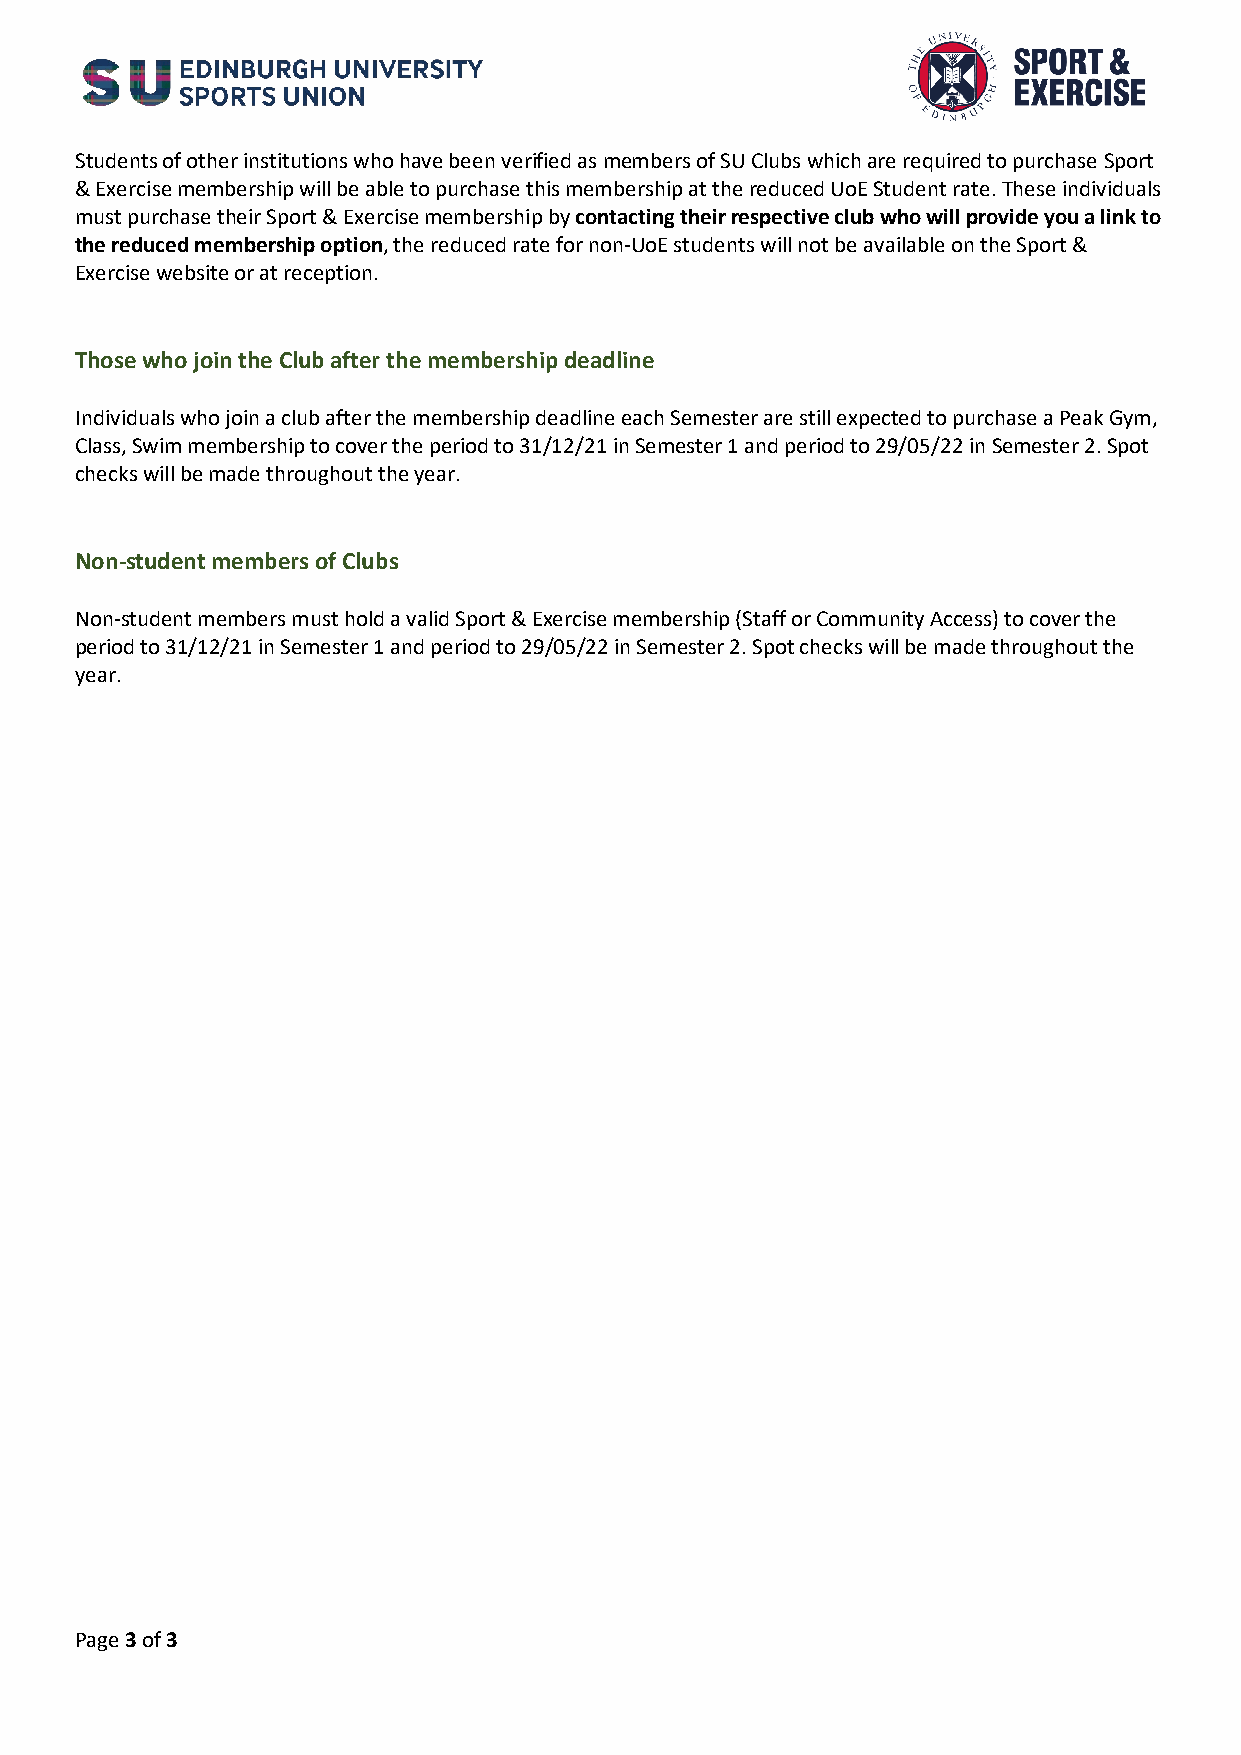
Students of other institutions who have been verified as members of SU Clubs which are required to purchase Sport
 & Exercise membership will be able to purchase this membership at the reduced UoE Student rate. These individuals
 must purchase their Sport & Exercise membership by contacting their respective club who will provide you a link to
 the reduced membership option, the reduced rate for non-UoE students will not be available on the Sport &
 Exercise website or at reception.
 Those who join the Club after the membership deadline
 Individuals who join a club after the membership deadline each Semester are still expected to purchase a Peak Gym,
 Class, Swim membership to cover the period to 31/12/21 in Semester 1 and period to 29/05/22 in Semester 2. Spot
 checks will be made throughout the year.
 Non-student members of Clubs
 Non-student members must hold a valid Sport & Exercise membership (Staff or Community Access) to cover the
 period to 31/12/21 in Semester 1 and period to 29/05/22 in Semester 2. Spot checks will be made throughout the
 year.
 Page 3 of 3